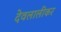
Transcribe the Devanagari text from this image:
देवलालीकर